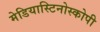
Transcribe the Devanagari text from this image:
मेडियास्टिनोस्कोपी